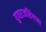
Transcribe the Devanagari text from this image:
युवराजसिंगच्या